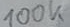
Text: 100K